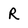
Character: R